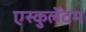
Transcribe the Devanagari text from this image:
एस्कुलेंटम